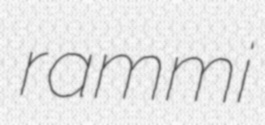
rammi